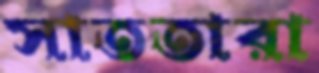
সাততারা